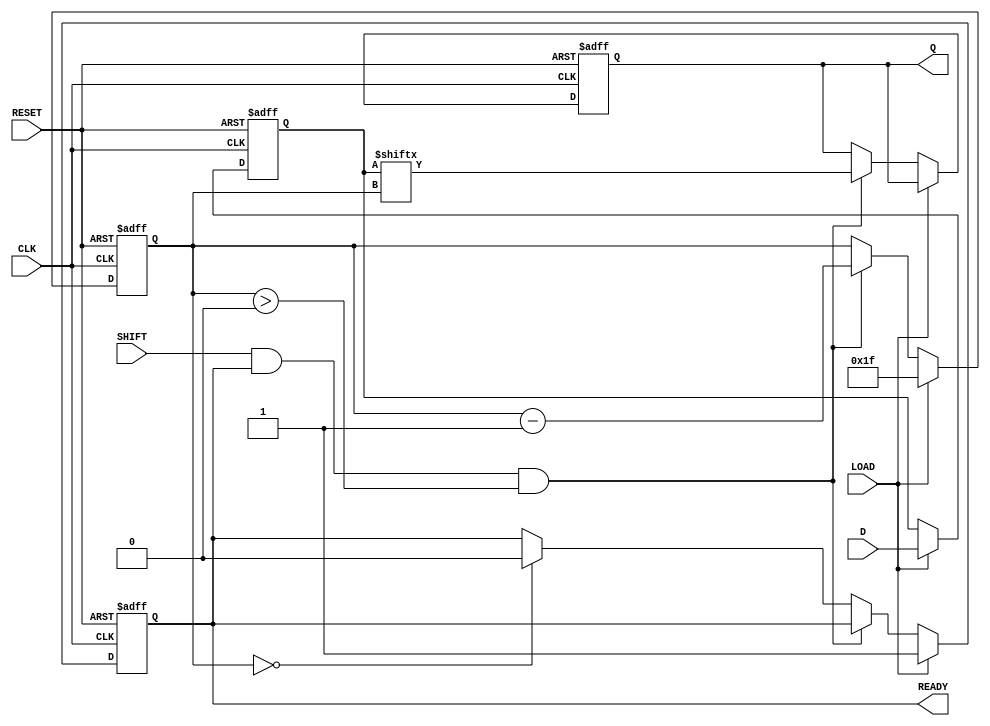
module PISO_32bit (
    input wire [31:0] D,       // 32-bit data input
    input wire LOAD,           // Load control signal
    input wire CLK,            // Clock signal
    input wire SHIFT,          // Shift control signal
    input wire RESET,          // Asynchronous reset signal
    output reg Q,              // Serial output
    output reg READY           // Data ready signal
);

    reg [31:0] storage_reg;    // Storage register for 32-bit data
    reg [4:0] bit_count;       // Bit counter to track the number of bits shifted out

    always @(posedge CLK or posedge RESET) begin
        if (RESET) begin
            storage_reg <= 32'b0; // Clear the storage register
            Q <= 1'b0;             // Clear output
            READY <= 1'b0;        // Clear ready signal
            bit_count <= 5'b0;     // Reset bit counter
        end else begin
            if (LOAD) begin
                storage_reg <= D;  // Load data into storage register
                READY <= 1'b1;     // Indicate data is ready to be shifted
                bit_count <= 5'd31; // Set bit counter to start shifting from MSB
            end else if (SHIFT && READY && bit_count > 0) begin
                Q <= storage_reg[bit_count]; // Shift out the MSB
                bit_count <= bit_count - 1;  // Decrement bit counter
            end else if (bit_count == 0) begin
                READY <= 1'b0; // Reset ready signal after all bits are shifted out
            end
        end
    end

endmodule